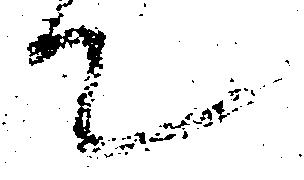
て